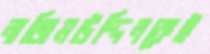
নাজিমউদ্দিনকেই